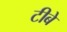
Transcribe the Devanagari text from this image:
टीबे